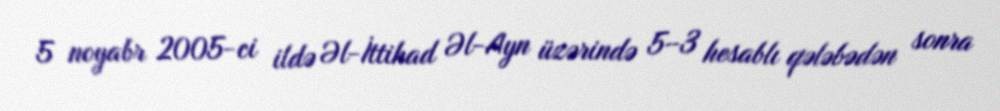
5 noyabr 2005-ci ildə Əl-İttihad Əl-Ayn üzərində 5–3 hesablı qələbədən sonra